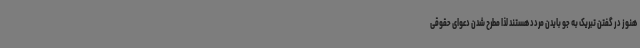
هنوز در گفتن تبریک به جو بایدن مردد هستند لذا مطرح شدن دعوای حقوقی